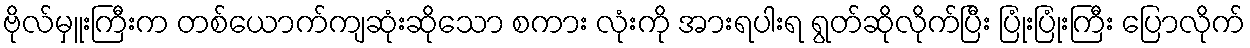
ဗိုလ်မှူးကြီးက တစ်ယောက်ကျဆုံးဆိုသော စကား လုံးကို အားရပါးရ ရွတ်ဆိုလိုက်ပြီး ပြုံးပြုံးကြီး ပြောလိုက်